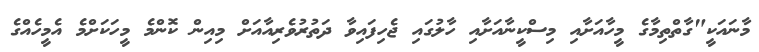
މާނައަކީ"ގާތްތިމާގެ މީހާއަށާއި މިސްކީނާއަށާއި ހާލުގައި ޖެހިފައިވާ ދަތުރުވެރިއާއަށް މިއިން ކޮންމެ މީހަކަށްމެ އެމީހެއްގެ